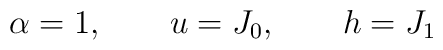
\alpha = 1,\qquad u = J_{0},\qquad h = J_{1}